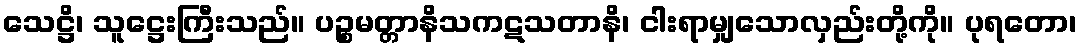
သေဋ္ဌိ၊ သူဋ္ဌေးကြီးသည်။ ပဉ္စမတ္တာနိသကဋသတာနိ၊ ငါးရာမျှသောလှည်းတို့ကို။ ပုရတော၊